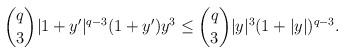
LaTeX: \begin{align*} \binom{q}{3} |1+y'|^{q-3} (1+y') y^3\le \binom{q}{3}|y|^3 (1+|y|)^{q-3}. \end{align*}